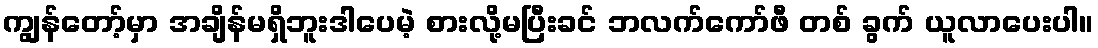
ကျွန်တော့်မှာ အချိန်မရှိဘူးဒါပေမဲ့ စားလို့မပြီးခင် ဘလက်ကော်ဖီ တစ် ခွက် ယူလာပေးပါ။